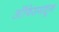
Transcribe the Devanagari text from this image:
ऑफिसमधून